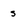
Character: s